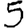
Digit: 5